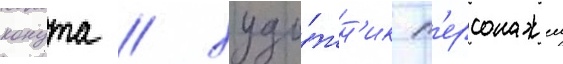
конута / худо́жн'ик п'ерсонажеи